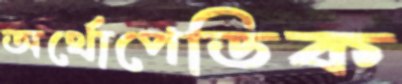
অর্থোপেডিক